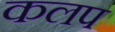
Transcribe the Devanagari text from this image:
कलप